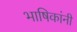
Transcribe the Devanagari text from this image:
भाषिकांनी